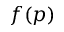
f ( p )